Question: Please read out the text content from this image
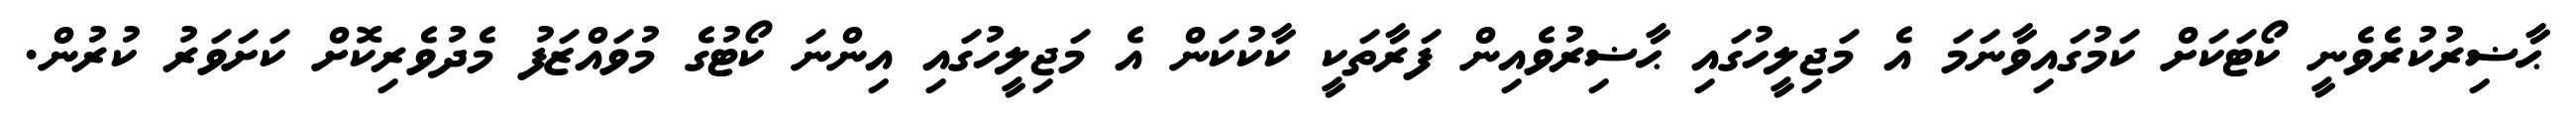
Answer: ޙާޟިރުކުރެވެނީ ކޯޓަކަށް ކަމުގައިވާނަމަ އެ މަޖިލީހުގައި ޙާޟިރުވެއިން ފަރާތަކީ ކާކުކަން އެ މަޖިލީހުގައި އިންނަ ކޯޓުގެ މުވައްޒަފު މެދުވެރިކޮށް ކަށަވަރު ކުރުން.